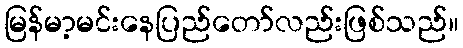
မြန်မာ့မင်းနေပြည်တော်လည်းဖြစ်သည်။